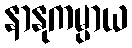
နာနုကမ္ပာယ